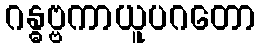
ဂန္ဓဗ္ဗကာယူပဂတော